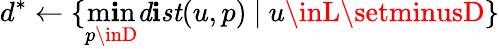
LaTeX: d^{*}\gets\{ \operatorname*{m\mathbf{i}n}_{p\inD}{\mathit{{d\mathbf{i}st}}(u,p)}\ |\ u\inL\setminusD\}